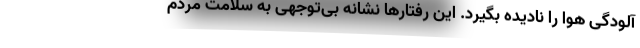
آلودگی هوا را نادیده بگیرد. این رفتار‌ها نشانه بی‌توجهی به سلامت مردم